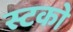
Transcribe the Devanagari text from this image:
स्टको